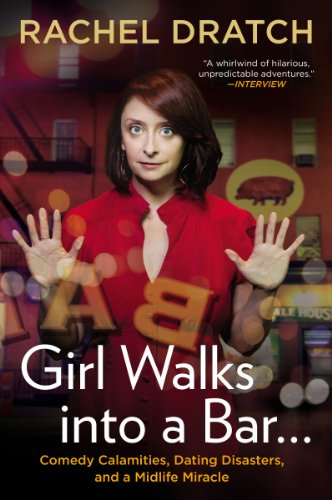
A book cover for Girl Walks into a Bar . . .: Comedy Calamities, Dating Disasters, and a Midlife Miracle; Rachel Dratch; Humor & Entertainment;